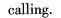
calling.